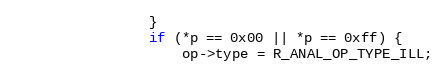
Language: C
				}
				if (*p == 0x00 || *p == 0xff) {
					op->type = R_ANAL_OP_TYPE_ILL;